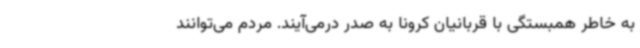
به خاطر همبستگی با قربانیان کرونا به صدر درمی‌آیند. مردم می‌توانند